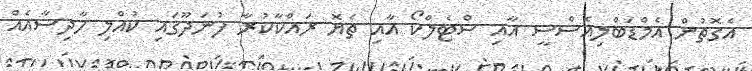
އެގޮތުން އެމްޑަބްލިއެސްސީ އާއި ސްޓެލްކޯ އާއި ތެޔޮ ރައްކާކުރާ ފުނަދޫގައި ކުއްލި ހާދިސާއެއް